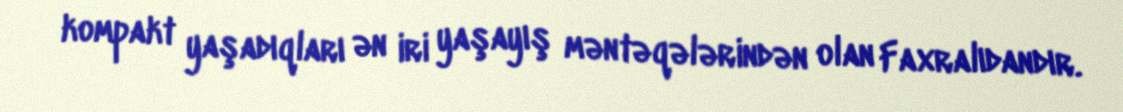
kompakt yaşadıqları ən iri yaşayış məntəqələrindən olan Faxralıdandır.